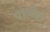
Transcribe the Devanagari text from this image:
पाचोन